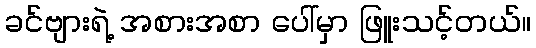
ခင်ဗျားရဲ့ အစားအစာ ပေါ်မှာ ဖြူးသင့်တယ်။